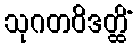
သုဂတဝိဒတ္ထိံ